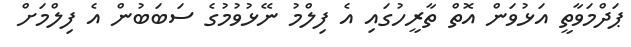
ޕަދްމަވާތީ އަޅުވަން އޮތް ތާރީހުގައި އެ ފިލްމު ނޭޅުވުމުގެ ސަބަބުން އެ ފިލްމަށް